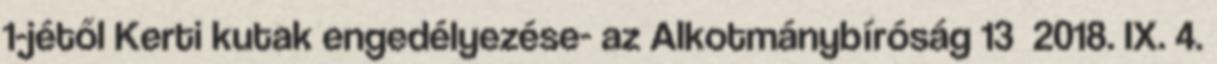
1-jétől Kerti kutak engedélyezése- az Alkotmánybíróság 13 2018. IX. 4.